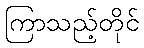
ကြာသည့်တိုင်